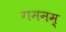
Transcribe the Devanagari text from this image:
गमनम्